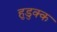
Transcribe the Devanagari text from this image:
हुडुक्क